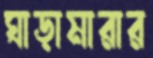
ঘাড়ামারার